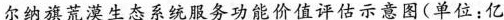
尔纳旗荒漠生态系统服务功能价值评估示意图(单位：亿